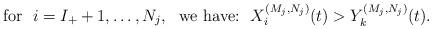
LaTeX: \begin{align*}\mbox{for}\ \ i = I_+ + 1, \ldots, N_j,\ \ \mbox{we have:}\ \ X^{(M_j, N_j)}_i(t) > Y_k^{(M_j, N_j)}(t).\end{align*}